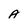
Character: A